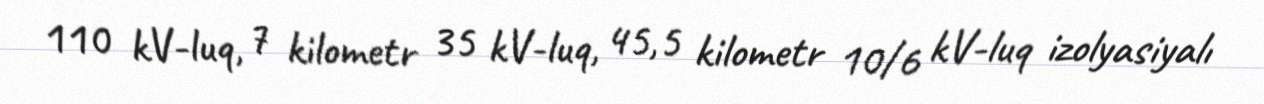
110 kV-luq, 7 kilometr 35 kV-luq, 45,5 kilometr 10/6 kV-luq izolyasiyalı